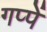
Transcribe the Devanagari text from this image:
गप्पें